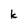
Character: k